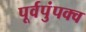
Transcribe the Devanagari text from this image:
पूर्वपुंपक्व